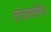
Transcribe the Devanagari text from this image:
तंत्रालोके।